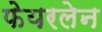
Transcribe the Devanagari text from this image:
फेयरलेन